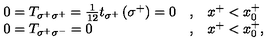
\begin{array} { l l l } { 0 = T _ { \sigma ^ { + } \sigma ^ { + } } = { \frac { 1 } { 1 2 } } t _ { \sigma ^ { + } } \left( \sigma ^ { + } \right) = 0 } & { , } & { x ^ { + } < x _ { 0 } ^ { + } } \\ { 0 = T _ { \sigma ^ { + } \sigma ^ { - } } = 0 } & { , } & { x ^ { + } < x _ { 0 } ^ { + } , } \\ \end{array}